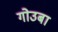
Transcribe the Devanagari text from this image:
गोउबा